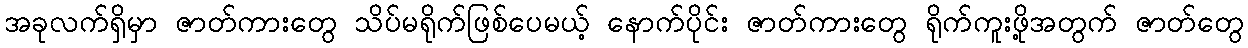
အခုလက်ရှိမှာ ဇာတ်ကားတွေ သိပ်မရိုက်ဖြစ်ပေမယ့် နောက်ပိုင်း ဇာတ်ကားတွေ ရိုက်ကူးဖို့အတွက် ဇာတ်တွေ